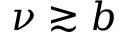
\nu \gtrsim b